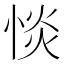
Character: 惔